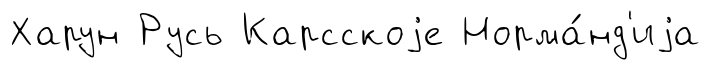
Харун Русь Карсскоjе Норма́нд'иjа